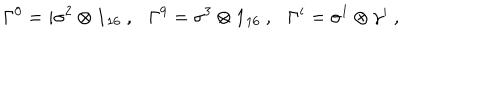
LaTeX: \Gamma ^ { 0 } = i \sigma ^ { 2 } \otimes { \bf 1 } _ { 1 6 } ~ , \Gamma ^ { 9 } = \sigma ^ { 3 } \otimes { \bf 1 } _ { 1 6 } ~ , \Gamma ^ { i } = \sigma ^ { 1 } \otimes \gamma ^ { i } ~ ,